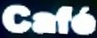
Cafe